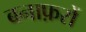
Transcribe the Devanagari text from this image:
बनाफ़रों